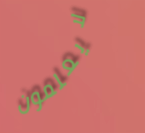
لايعلمون